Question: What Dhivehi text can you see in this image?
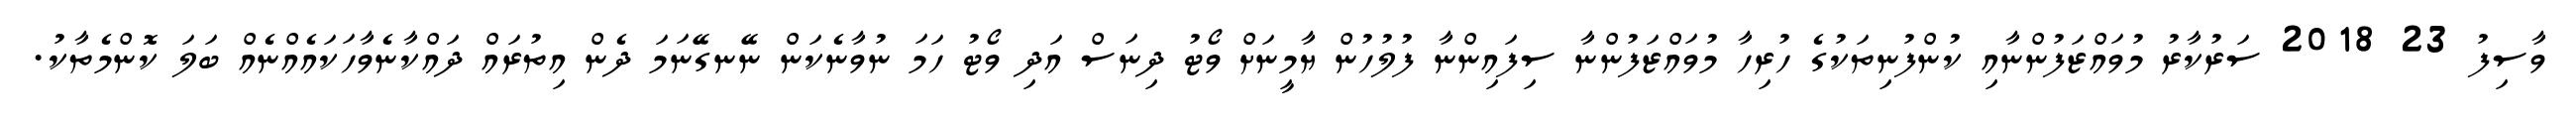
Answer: ވާސިފު 23 2018 ސަރުކާރު މުވައްޒަފުންނާއި ކުންފުނިތަކުގެ ހުރިހާ މުވައްޒަފުންނާ ސިފައިންނާ ފުލުހުން ޔާމީނަށް ވޯޓު ދިނަސް އަދި ވޯޓު ހަމަ ނުވާނެކަން ނޭނގޭނަމަ ދެން އިތުރައް ދައްކާނެވާހަކައެއްނެއް ބަލަ ކޮންމެތާކު.